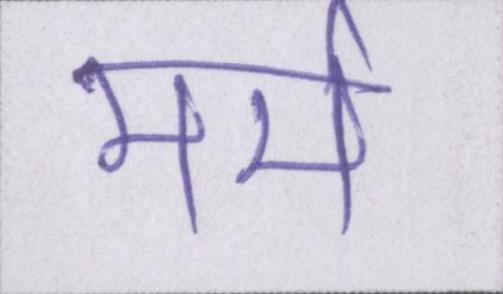
मर्म